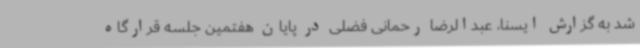
شد به گزارش ایسنا، عبدالرضا رحمانی فضلی در پایان هفتمین جلسه قرارگاه